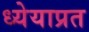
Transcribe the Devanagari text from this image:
ध्येयाप्रत